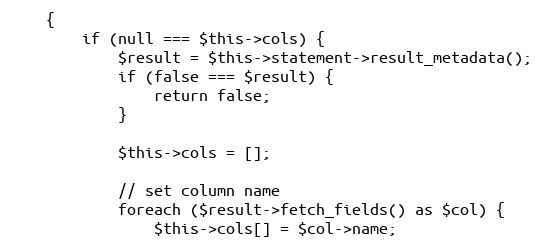
Language: PHP
    {
        if (null === $this->cols) {
            $result = $this->statement->result_metadata();
            if (false === $result) {
                return false;
            }

            $this->cols = [];

            // set column name
            foreach ($result->fetch_fields() as $col) {
                $this->cols[] = $col->name;